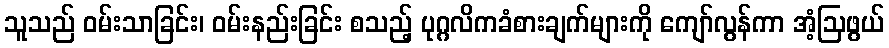
သူသည် ဝမ်းသာခြင်း၊ ဝမ်းနည်းခြင်း စသည့် ပုဂ္ဂလိကခံစားချက်များကို ကျော်လွန်ကာ အံ့ဩဖွယ်